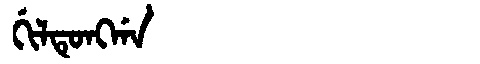
Manchu: ᡤᡳᠯᡨᡠᠩᡤᠠ
Romanization: GILTUNGGA